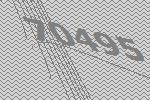
70495